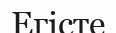
Егісте